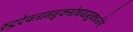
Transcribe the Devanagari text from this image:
रुद्रदेवताममुकगोत्रायामुकशर्मणे